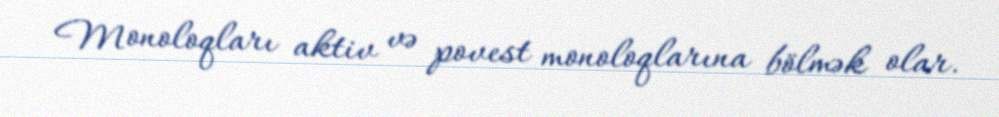
Monoloqları aktiv və povest monoloqlarına bölmək olar.